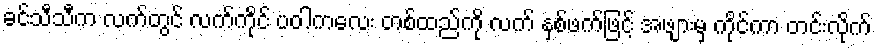
ခင်သီသီက လက်တွင် လက်ကိုင် ပဝါကလေး တစ်ထည်ကို လက် နှစ်ဖက်ဖြင့် အဖျားမှ ကိုင်ကာ တင်းလိုက်